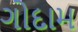
ગોદામ